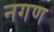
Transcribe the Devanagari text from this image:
नगण